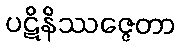
ပဋိနိဿဇ္ဇေတာ